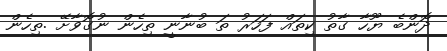
ދޮންބެ ޔޫހާ ގާތު ކިތައް ފަހަރު ތަ ބުނާނީ ތިހެން ނުގޮވާށޭ .ތިހެން